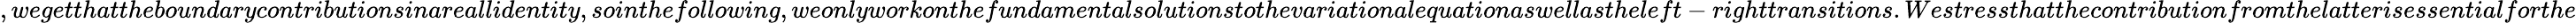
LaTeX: ,wegetthattheboundarycontributionsinareallidentity,sointhefollowing,weonlyworkonthefundamentalsolutionstothevariationalequationaswellastheleft-righttransitions.Westressthatthecontributionfromthelatterisessentialforthe